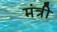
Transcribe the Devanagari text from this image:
मंत्री